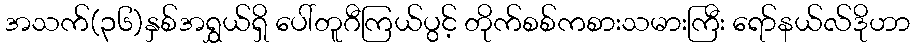
အသက်(၃၆)နှစ်အရွှယ်ရှိ ပေါ်တူဂီကြယ်ပွင့် တိုက်စစ်ကစားသမားကြီး ရော်နယ်လ်ဒိုဟာ